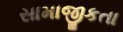
સામાજીકતા